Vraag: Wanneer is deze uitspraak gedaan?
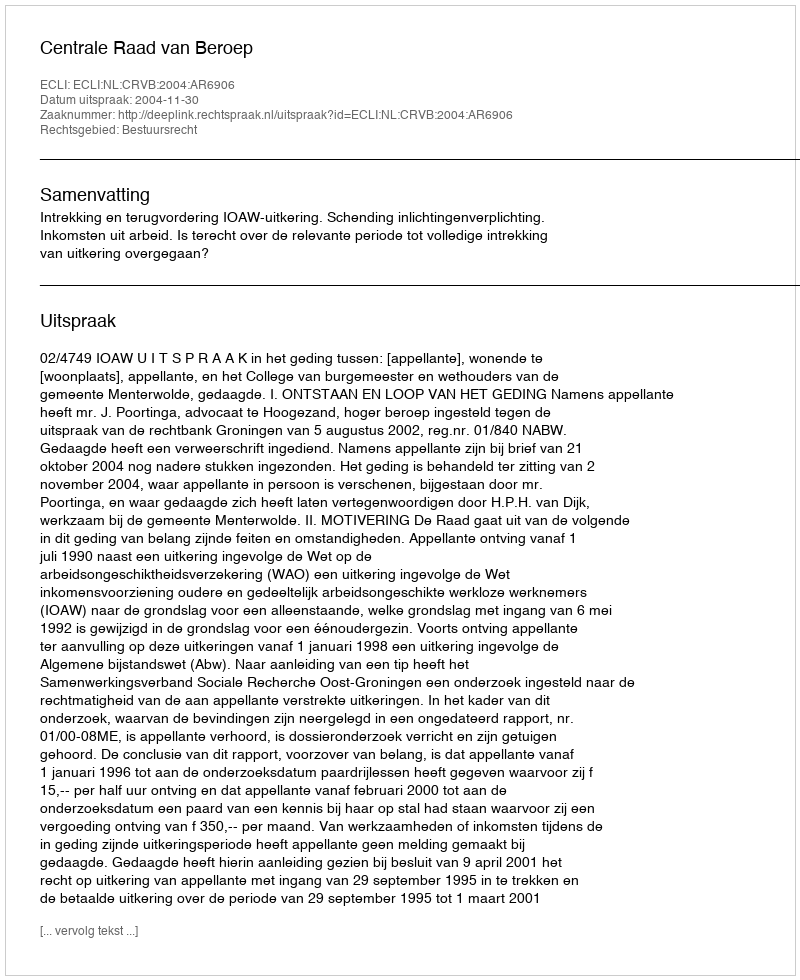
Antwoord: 2004-11-30